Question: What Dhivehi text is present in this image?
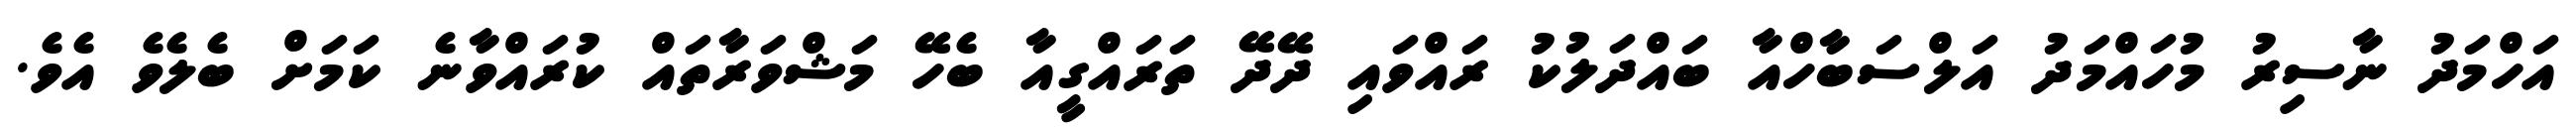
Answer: އަހްމަދު ނާސިރު މުހައްމަދު އަލްސަބާހްއާ ބައްދަލުކު ރައްވައި ދޭދޭ ތަރައްގީއާ ބެހޭ މަޝްވަރާތައް ކުރައްވާނެ ކަމަށް ބެލެވެ އެވެ.